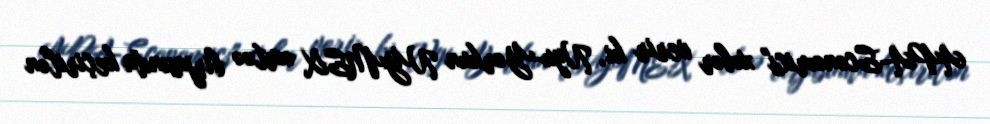
APA-Economics" xəbər verir ki, Nyu-Yorkun NYMEX əmtəə birjasında keçirilən